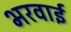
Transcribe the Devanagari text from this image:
भरवाई